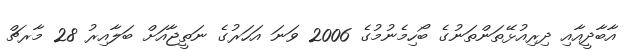
އާބާދީއާއި ދިރިއުޅޭތަންތަނުގެ ބޯހިމެނުމުގެ 2006 ވަނަ އަހަރުގެ ނަތީޖާއަށް ބަލާއިރު 28 މާރޗް